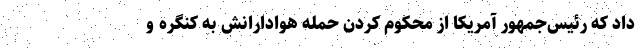
داد که رئیس‌جمهور آمریکا از محکوم کردن حمله هوادارانش به کنگره و